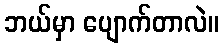
ဘယ်မှာ ပျောက်တာလဲ။